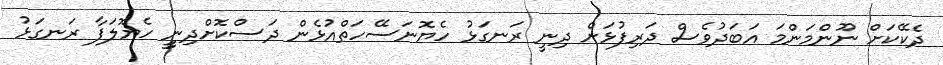
ދެކޭކަށް ނޫންމަންމަ އަބަދުވެސް ދަރިފުޅަށް ދިނީ ރަނގަޅުު ހެޔޮނަސޭހަތްއުޅެން ދަސްކޮށްދިނީީ ހެޔޮލަފާ ރަނގަޅު